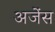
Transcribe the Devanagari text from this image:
अजेंस